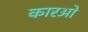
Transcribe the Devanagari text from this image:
कारओ